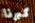
كبرنا